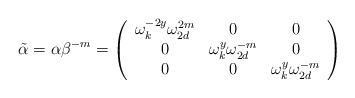
LaTeX: \begin{align*}\tilde{\alpha}=\alpha \beta^{-m}=\left( \begin{array}{ccc} \omega_{k}^{-2y}\omega_{2d}^{2m} & 0 & 0 \\0 & \omega_{k}^{y}\omega_{2d}^{-m} & 0 \\0 & 0 & \omega_{k}^{y} \omega_{2d}^{-m}\end{array}\right)\end{align*}